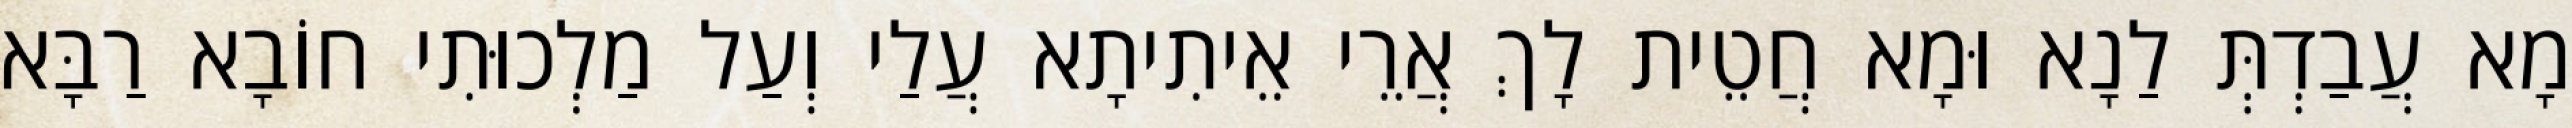
מָא עֲבַדְתְּ לַנָא וּמָא חֲטֵית לָךְ אֲרֵי אֵיתִיתָא עֲלַי וְעַל מַלְכוּתִי חוֹבָא רַבָּא